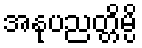
အနုပညတ္တိမ္ပိ